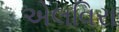
એલવિરા